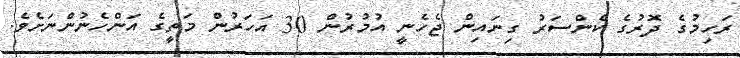
ރަހިމުގެ ދޮރުގެ ކެންސަރު ގިނައިން ޖެހެނީ އުމުރުން 30 އަހަރުން މަތީގެ އަންހެނުންނަށެވެ.